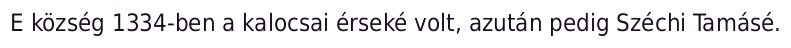
E község 1334-ben a kalocsai érseké volt, azután pedig Széchi Tamásé.